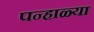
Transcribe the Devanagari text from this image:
पन्हाळ्या